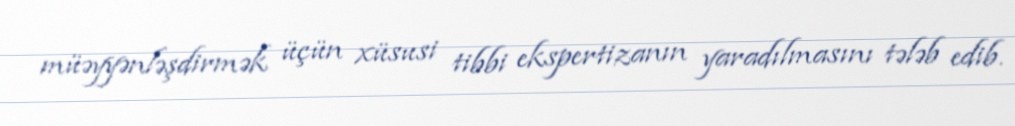
müəyyənləşdirmək üçün xüsusi tibbi ekspertizanın yaradılmasını tələb edib.